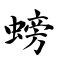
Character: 螃